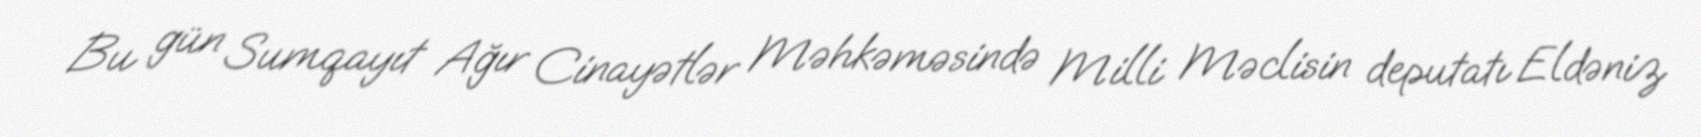
Bu gün Sumqayıt Ağır Cinayətlər Məhkəməsində Milli Məclisin deputatı Eldəniz